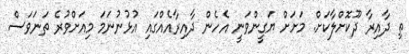
ތި ދާއިރާ ދޫކޮށްލާކަށް. މަށަށް ޔަގީންވަނީ އެހެން ދާއިރާއެއްގައި އުޅުނުނަމަ މިއަށްވުރެ ތަނަވަސް